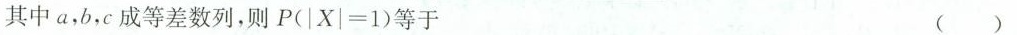
其中a，b，c成等差数列，则$$P ( | X | = 1 )$$等于 （）